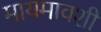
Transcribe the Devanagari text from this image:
मायमावशी